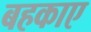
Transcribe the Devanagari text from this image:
बहकाए